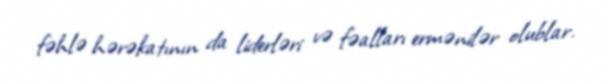
fəhlə hərəkatının da liderləri və fəalları ermənilər olublar.